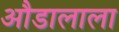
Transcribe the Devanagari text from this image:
औडालाला